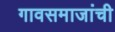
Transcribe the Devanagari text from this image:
गावसमाजांची